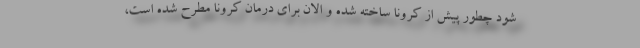
شود چطور پیش از کرونا ساخته شده و الان برای درمان کرونا مطرح شده است،